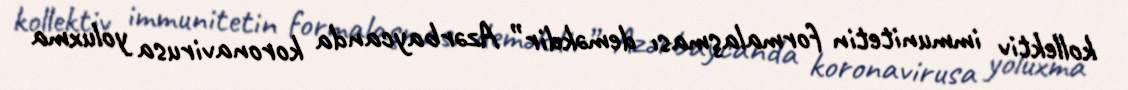
kollektiv immunitetin formalaşması deməkdir” Azərbaycanda koronavirusa yoluxma